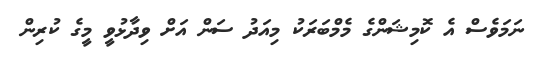
ނަމަވެސް އެ ކޮމިޝަންގެ މެމްބަރަކު މިއަދު ސަން އަށް ވިދާޅުވީ މީގެ ކުރިން